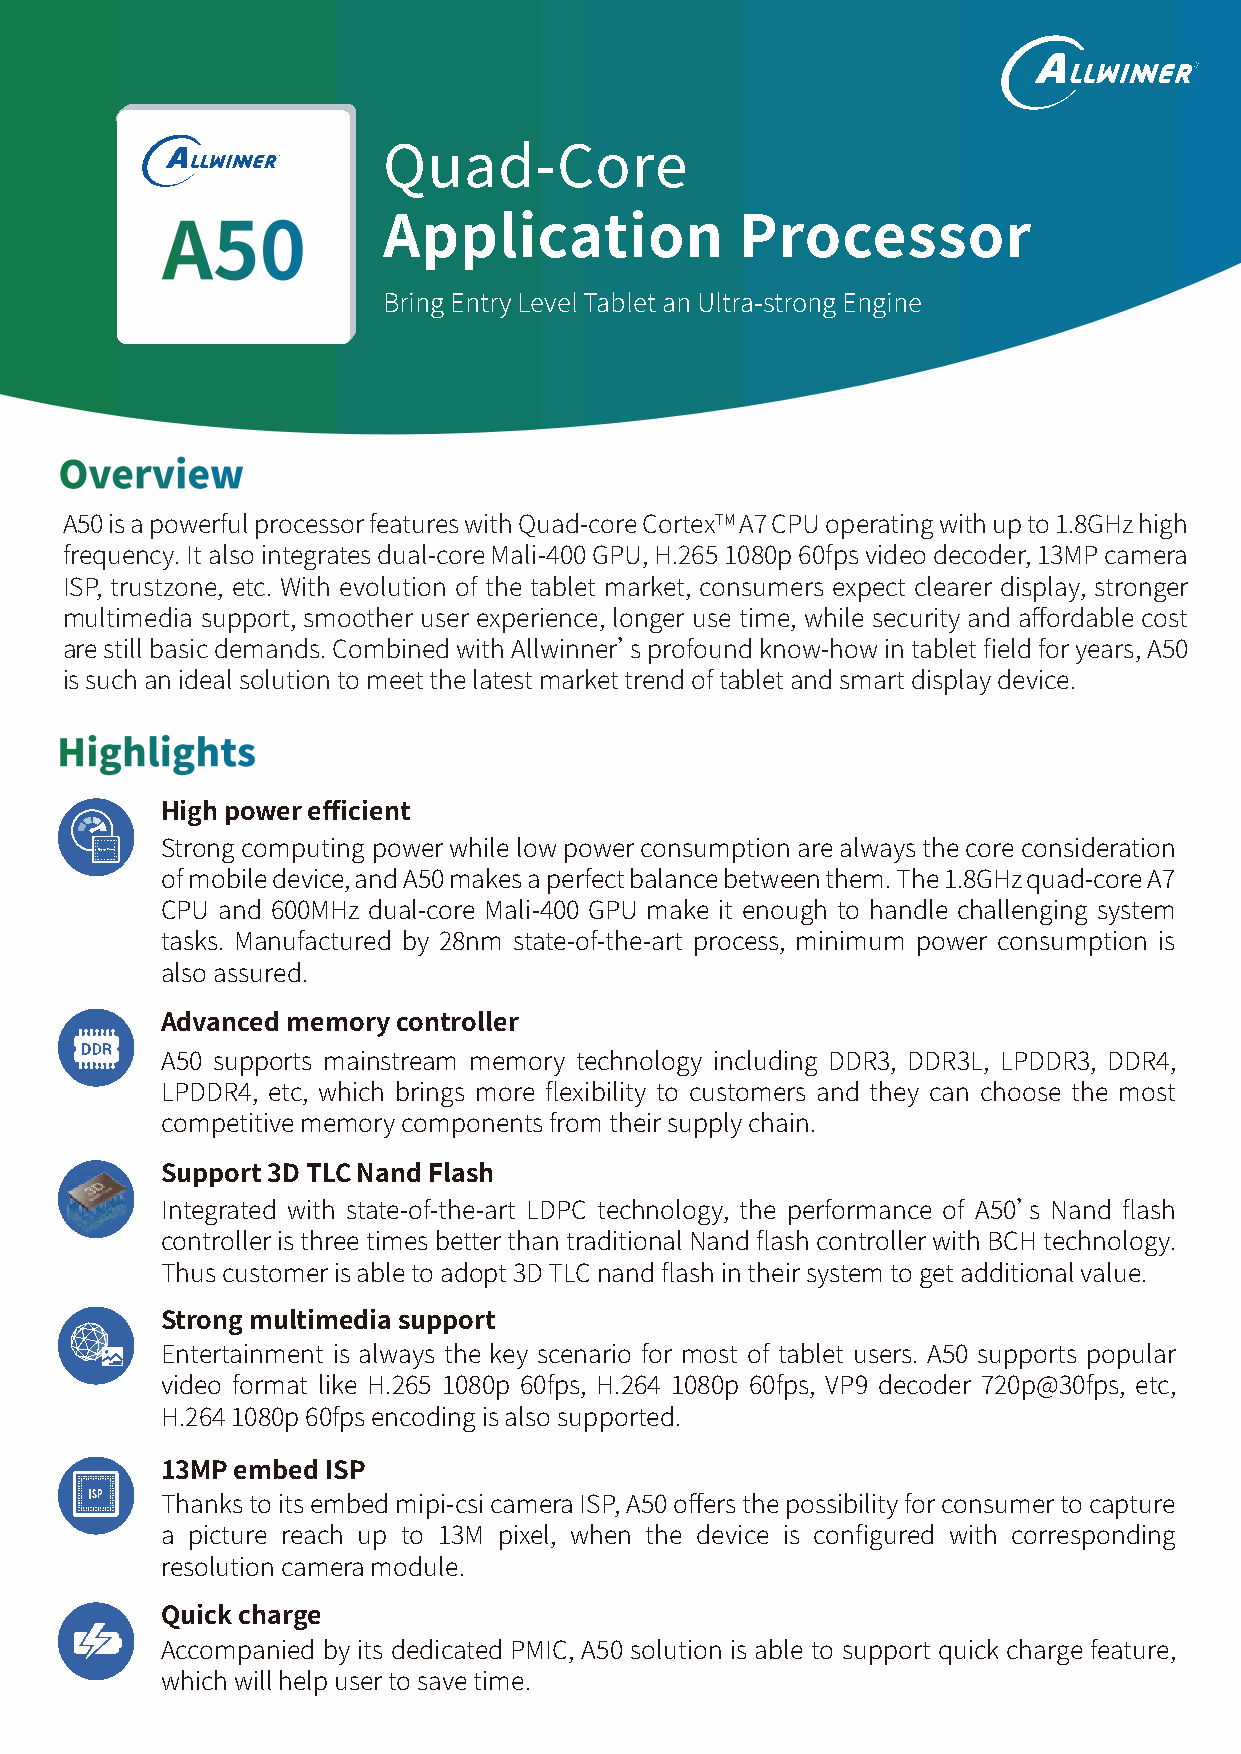
Quad-Core
 Application             Processor
 Bring Entry Level Tablet an Ultra-strong Engine
 TM
 A50 is a powerful processor features with Quad-core Cortex A7 CPU operating with up to 1.8GHz high
 frequency. It also integrates dual-core Mali-400 GPU, H.265 1080p 60fps video decoder, 13MP camera
 ISP, trustzone, etc. With evolution of the tablet market, consumers expect clearer display, stronger
 multimedia support, smoother user experience, longer use time, while security and affordable cost
 are still basic demands. Combined with Allwinner’s profound know-how in tablet field for years, A50
 is such an ideal solution to meet the latest market trend of tablet and smart display device.
 High power efficient
 Strong computing power while low power consumption are always the core consideration
 of mobile device, and A50 makes a perfect balance between them. The 1.8GHz quad-core A7
 CPU and 600MHz dual-core Mali-400 GPU make it enough to handle challenging system
 tasks. Manufactured by 28nm state-of-the-art process, minimum power consumption is
 also assured.
 Advanced memory controller
 A50 supports mainstream memory technology including DDR3, DDR3L, LPDDR3, DDR4,
 LPDDR4, etc, which brings more flexibility to customers and they can choose the most
 competitive memory components from their supply chain.
 Support 3D TLC Nand Flash
 Integrated with state-of-the-art LDPC technology, the performance of A50’s Nand flash
 controller is three times better than traditional Nand flash controller with BCH technology.
 Thus customer is able to adopt 3D TLC nand flash in their system to get additional value.
 Strong multimedia support
 Entertainment is always the key scenario for most of tablet users. A50 supports popular
 video format like H.265 1080p 60fps, H.264 1080p 60fps, VP9 decoder 720p@30fps, etc,
 H.264 1080p 60fps encoding is also supported.
 13MP embed ISP
 Thanks to its embed mipi-csi camera ISP, A50 offers the possibility for consumer to capture
 a picture reach up to 13M pixel, when the device is configured with corresponding
 resolution camera module.
 Quick charge
 Accompanied by its dedicated PMIC, A50 solution is able to support quick charge feature,
 which will help user to save time.